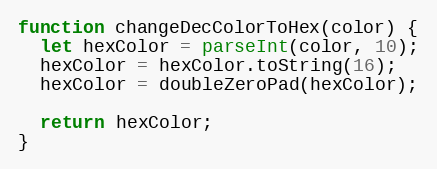
Language: JavaScript
function changeDecColorToHex(color) {
  let hexColor = parseInt(color, 10);
  hexColor = hexColor.toString(16);
  hexColor = doubleZeroPad(hexColor);

  return hexColor;
}